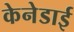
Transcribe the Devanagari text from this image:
केनेडाई